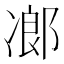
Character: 𠗷